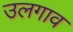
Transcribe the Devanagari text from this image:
उलगाव